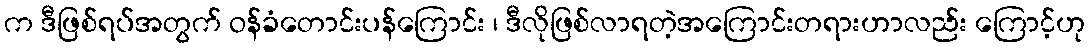
က ဒီဖြစ်ရပ်အတွက် ဝန်ခံတောင်းပန်ကြောင်း ၊ ဒီလိုဖြစ်လာရတဲ့အကြောင်းတရားဟာလည်း ကြောင့်ဟု